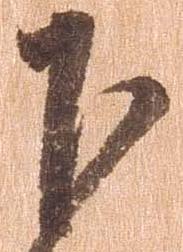
下